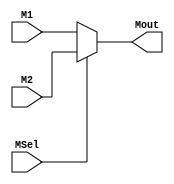


module MUX32_2(M1,M2,Mout,MSel);
	input [31:0]M1,M2;
	input MSel;
	output [31:0]Mout;
	assign Mout=(MSel==0)?M1:M2;
endmodule